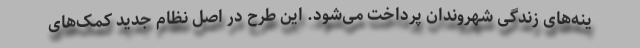
ینه‌های زندگی شهروندان پرداخت می‌شود. این طرح در اصل نظام جدید کمک‌های